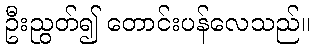
ဦးညွတ်၍ တောင်းပန်လေသည်။